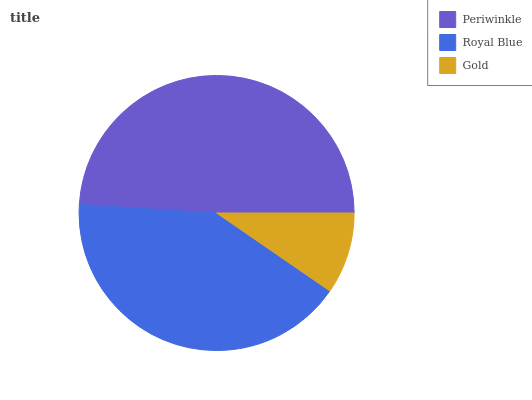
| Periwinkle | Royal Blue | Gold |
 | --- | --- | --- |
 | 49% | 41.4% | 9.6% |